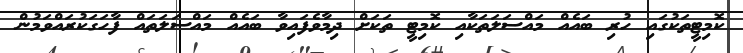
ކޮމިޓީތަކުގައި ހުރި ބައެއް މައްސަލަތަކާއި ކޮމިޓީ ތަކަށް ދިމާވެފައިވާ ބައެއް މައްސަލަތައް ފާހަގަކުރައްވަމުން